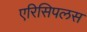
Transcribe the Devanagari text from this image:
एरिसिपलस